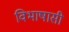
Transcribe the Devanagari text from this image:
विभाषासी